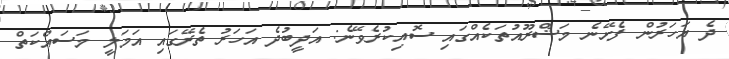
ދެ އަހަރުން ފެށޭނެ މަޝްރޫއުތަކެއްގައި ސޮއިކުރެވޭނެ: އަދީބުދެ އަހަރު ތެރޭގައި އަމަލީ މަސައްކަތް